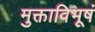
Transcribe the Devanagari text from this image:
मुक्ताविभूषं